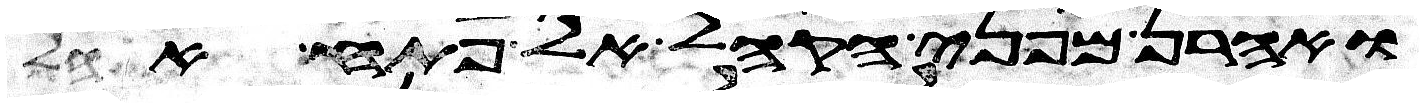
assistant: ואהרן מפני הקהל אל פתח אהל